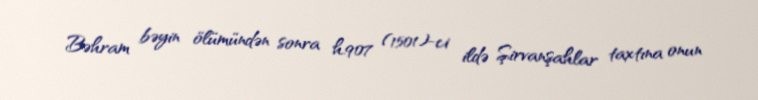
Bəhram bəyin ölümündən sonra h.907 (1501)-ci ildə Şirvanşahlar taxtına onun